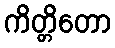
ကိတ္တိတော